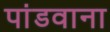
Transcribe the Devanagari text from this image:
पांडवाना